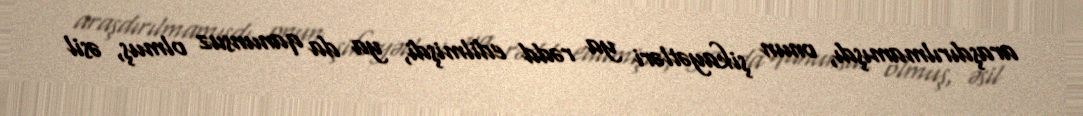
araşdırılmamışdı, onun şikayətləri ya rədd edilmişdi, ya da qanunsuz olmuş, əsil